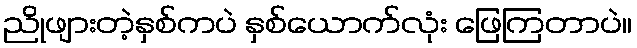
ညိုဖျားတဲ့နှစ်ကပဲ နှစ်ယောက်လုံး ဖြေကြတာပဲ။